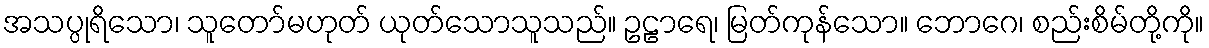
အသပ္ပုရိသော၊ သူတော်မဟုတ် ယုတ်သောသူသည်။ ဥဠာရေ၊ မြတ်ကုန်သော။ ဘောဂေ၊ စည်းစိမ်တို့ကို။